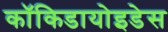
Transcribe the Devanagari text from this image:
कॉकिडायोइडेस